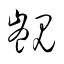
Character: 覬